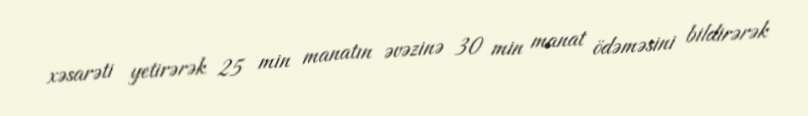
xəsarəti yetirərək 25 min manatın əvəzinə 30 min manat ödəməsini bildirərək